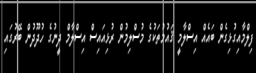
ފިލްމާއިގުޅިގެން ބައެއް އިސްލާމީ ޤައުމުތަކުގެ މުސްލިމުން ރުޅިއައިސް އިސްލާމް ދީނުގެ ހުދޫދުން ބޭރުގައި